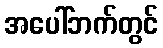
အပေါ်ဘက်တွင်